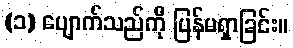
(၁) ပျောက်သည်ကို ပြန်မရှာခြင်း။